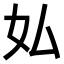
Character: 𫰇